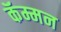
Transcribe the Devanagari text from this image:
कॅम्मन